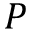
P